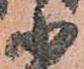
小